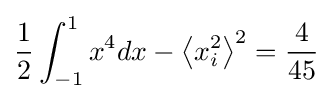
{\frac {1}{2}}\int _{-1}^{1}x^{4}dx-\left\langle x_{i}^{2}\right\rangle ^{2}={\frac {4}{45}}